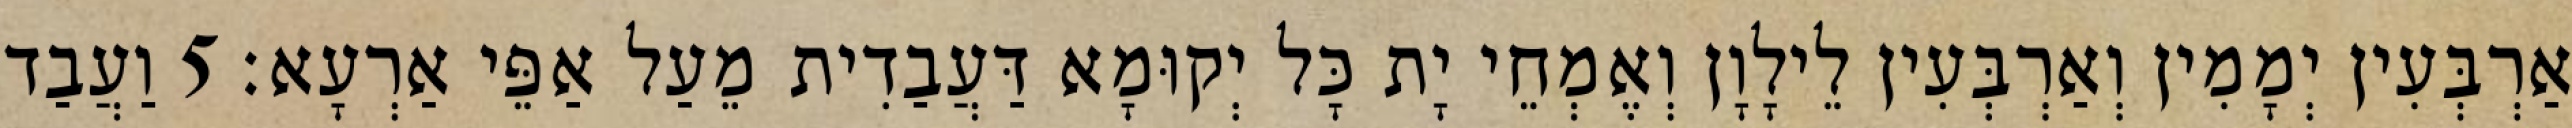
אַרְבְּעִין יְמָמִין וְאַרְבְּעִין לֵילָוָן וְאֶמְחֵי יָת כָּל יְקוּמָא דַּעֲבַדִית מֵעַל אַפֵּי אַרְעָא׃ 5 וַעֲבַד